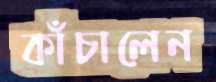
কাঁচালেন